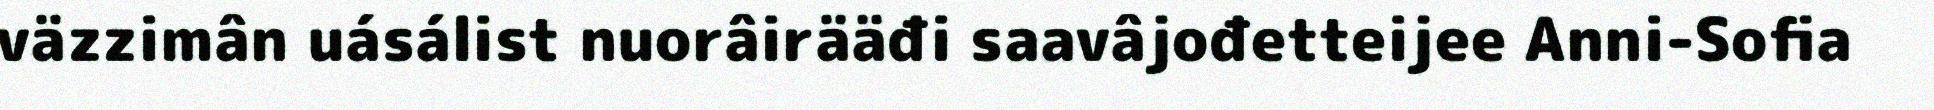
väzzimân uásálist nuorâirääđi saavâjođetteijee Anni-Sofia